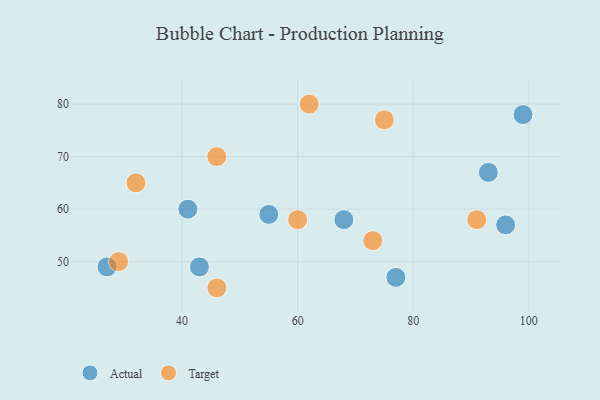
{"axis": {"x": "GDP", "y": "Life Expectancy"}, "legend": ["Actual", "Target"], "data": [{"x": "68", "y": 58, "type": "Actual"}, {"x": "99", "y": 78, "type": "Actual"}, {"x": "43", "y": 49, "type": "Actual"}, {"x": "55", "y": 59, "type": "Actual"}, {"x": "96", "y": 57, "type": "Actual"}, {"x": "27", "y": 49, "type": "Actual"}, {"x": "41", "y": 60, "type": "Actual"}, {"x": "77", "y": 47, "type": "Actual"}, {"x": "93", "y": 67, "type": "Actual"}, {"x": "75", "y": 77, "type": "Target"}, {"x": "46", "y": 70, "type": "Target"}, {"x": "62", "y": 80, "type": "Target"}, {"x": "29", "y": 50, "type": "Target"}, {"x": "32", "y": 65, "type": "Target"}, {"x": "46", "y": 45, "type": "Target"}, {"x": "60", "y": 58, "type": "Target"}, {"x": "73", "y": 54, "type": "Target"}, {"x": "91", "y": 58, "type": "Target"}]}